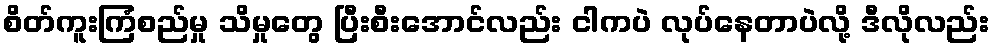
စိတ်ကူးကြံစည်မှု သိမှုတွေ ပြီးစီးအောင်လည်း ငါကပဲ လုပ်နေတာပဲလို့ ဒီလိုလည်း